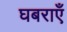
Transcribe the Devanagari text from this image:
घबराएँ